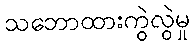
သဘောထားကွဲလွဲမှု